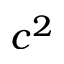
c ^ { 2 }